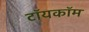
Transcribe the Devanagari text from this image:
टॉयकॉम